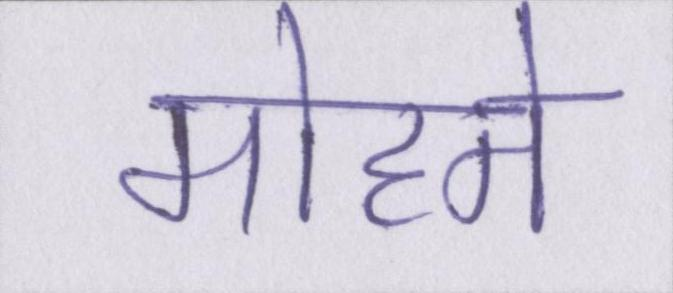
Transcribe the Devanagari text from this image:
मोहने